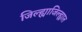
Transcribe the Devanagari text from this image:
जिल्ह्याजिल्ह्यात